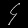
Digit: ၄